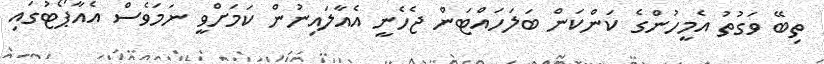
ތިބޭ ވަގުތު އެމީހުންގެ ކަންކަން ބަލަހައްޓަން ޖެހެނީ އެއާލައިނުން ކަމަށްވީ ނަމަވެސް އެއާޕޯޓުގައި